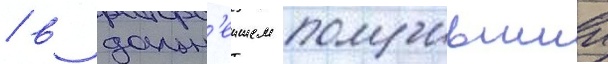
/ в дальн'еишем получившии